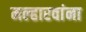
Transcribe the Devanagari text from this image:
मल्हारवांना